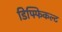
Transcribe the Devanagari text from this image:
डिफ्फिकल्ट